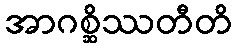
အာဂစ္ဆိဿတီတိ